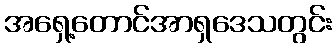
အရှေ့တောင်အာရှဒေသတွင်း